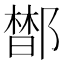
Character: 𰻼